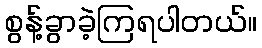
စွန့်ခွာခဲ့ကြရပါတယ်။